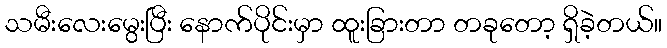
သမီးလေးမွေးပြီး နောက်ပိုင်းမှာ ထူးခြားတာ တခုတော့ ရှိခဲ့တယ်။